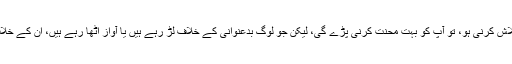
اس اخبار میں بدعنوانی کے خلاف رپورٹ تلاش کرنی ہو، تو آپ کو بہت محنت کرنی پڑے گی، لیکن جو لوگ بدعنوانی کے خلاف لڑ رہے ہیں یا آواز اٹھا رہے ہیں، ان کے خلاف یہ اخبار پہلوانی کرتا دکھائی دے رہا ہے۔